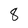
Character: 8